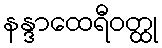
နန္ဒာထေရီဝတ္ထု